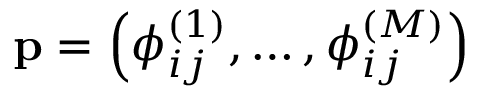
\mathbf { p } = \left( \phi _ { i j } ^ { ( 1 ) } , \dots , \phi _ { i j } ^ { ( M ) } \right)